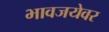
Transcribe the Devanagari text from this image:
भावजयेवर